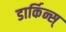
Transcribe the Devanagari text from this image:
डार्किन्स्